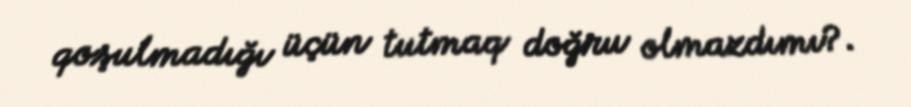
qoşulmadığı üçün tutmaq doğru olmazdımı?.